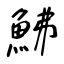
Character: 鮄